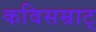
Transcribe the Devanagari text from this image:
कविसम्राट्